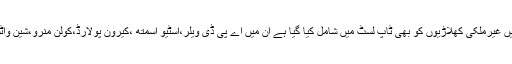
پاکستان سپر لیگ (پی ایس ایل) 4 کے چوتھے ایڈیشن میں غیرملکی کھلاڑیوں کو بھی ٹاپ لسٹ میں شامل کیا گیا ہے ان میں اے پی ڈی ویلر،اسٹیو اسمتھ ،کیرون پولارڈ،کولن منرو،شین واٹسن ،سنیل نارائن ،کرس لائن اور ڈیرن سیمی شامل ہیں ۔